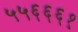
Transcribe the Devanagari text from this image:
५५६६६१